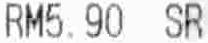
RM5.90 SR